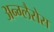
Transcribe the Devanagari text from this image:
अन्ग्लैसेस